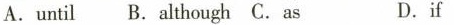
A. until B. although C.as D.if